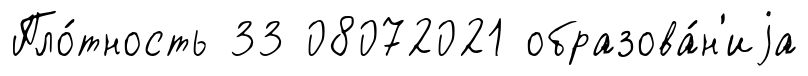
Пло́тность 33 08072021 образова́н'иjа